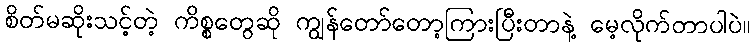
စိတ်မဆိုးသင့်တဲ့ ကိစ္စတွေဆို ကျွန်တော်တော့ကြားပြီးတာနဲ့ မေ့လိုက်တာပါပဲ။